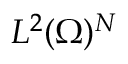
L ^ { 2 } ( \Omega ) ^ { N }